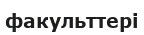
факульттері